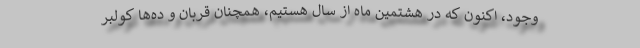
وجود، اکنون که در هشتمین ماه از سال هستیم، همچنان قربان و ده‌ها کولبر